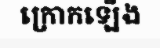
ក្រោកឡើង